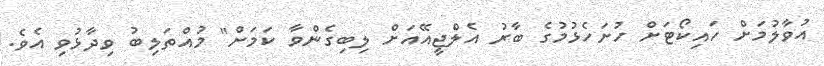
އުވާލުމަށް ހައިކޯޓަށް ހުށަހެޅުމުގެ ބާރު އެލްޖީއޭއަށް ލިބިގެންވާ ކަމަށް" މުއްތަލިބު ވިދާޅުވި އެވެ.